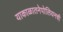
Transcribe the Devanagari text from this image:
याकाळातनेपोलियनची